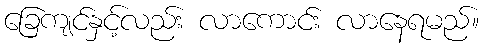
ခြေကျင်နှင့်လည်း လာကောင်း လာနေရမည်။